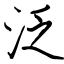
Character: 泛